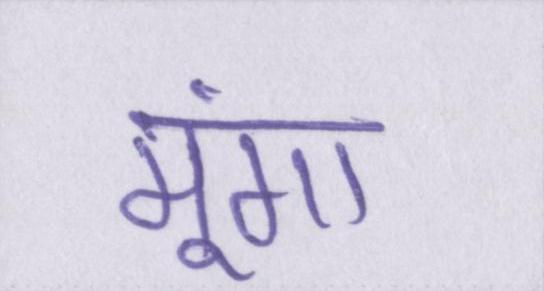
मूंगा